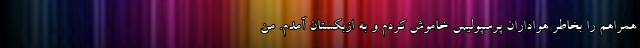
همراهم را بخاطر هواداران پرسپولیس خاموش کردم و به ازبکستان آمدم. من